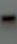
-